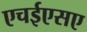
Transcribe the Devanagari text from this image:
एचईएसए